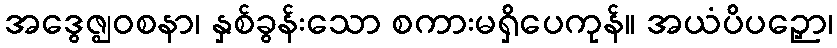
အဒွေဇ္ဈဝစနာ၊ နှစ်ခွန်းသော စကားမရှိပေကုန်။ အယံပိပဉှော၊